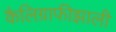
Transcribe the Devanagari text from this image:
कैलिग्राफीझाली